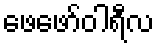
ဖေဖော်ဝါရီလ